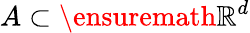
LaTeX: A\subset\ensuremath{\mathbb{R}}^{d}